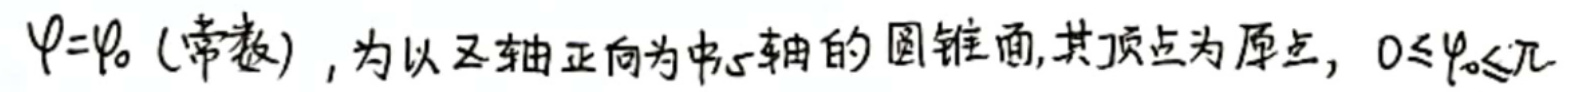
$\varphi = \varphi_0$（常数）, 为以 \(z\) 轴正向为中心轴的圆锥面, 其顶点为原点, \(0\leqslant\varphi_0\leqslant\pi\)